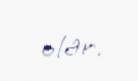
olar.